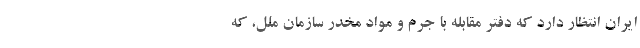
ایران انتظار دارد که دفتر مقابله با جرم و مواد مخدر سازمان ملل، که